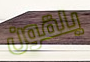
يلقون